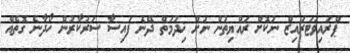
ޕްރައިވަޓަރައިޒް ނުކޮށް ރައްޔިތުން ނަށް ޚިދުމަތް ދޭނެ ފައިސާ ސަރުކާރުން ހޯދާނެ ގޮތެއް